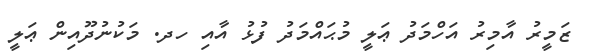
ޒަމީރު އާމިރު އަހްމަދު ޢަލީ މުޙައްމަދު ފުޅު އާއި ހދ. މަކުނުދޫއިން ޢަލީ